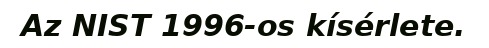
Az NIST 1996-os kísérlete.